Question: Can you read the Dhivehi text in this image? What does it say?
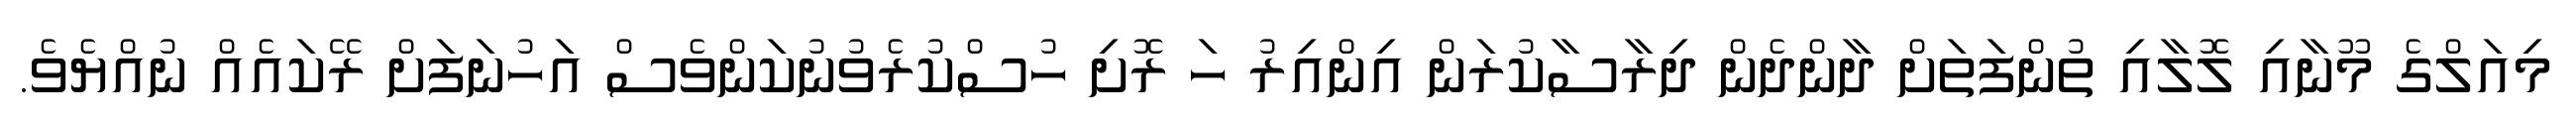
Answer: މިއަލްގެ މޫނާއި ލޮލާއި ތުންފަތަށް ދާންދެން ދިރާސާކުރަން އިންއިރު ހަ ރޮށި ހުސްކުރެވުނުކަންވެސް އަހުނަފަށް ރޭކައެއް ނުއްޔެވެ.